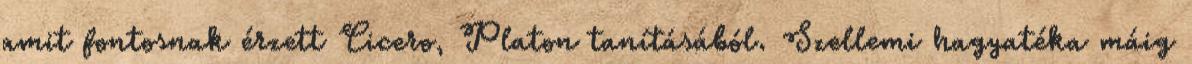
amit fontosnak érzett Cicero, Platon tanításából. Szellemi hagyatéka máig